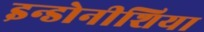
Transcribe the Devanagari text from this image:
इन्डोनीशिया